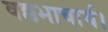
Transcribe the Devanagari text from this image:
वल्लभाचार्य।